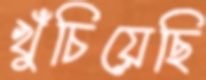
খুঁচিয়েছি